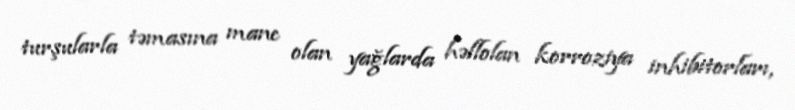
turşularla təmasına mane olan yağlarda həllolan korroziya inhibitorları,